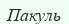
Пакуль